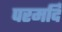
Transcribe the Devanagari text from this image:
परमर्दि